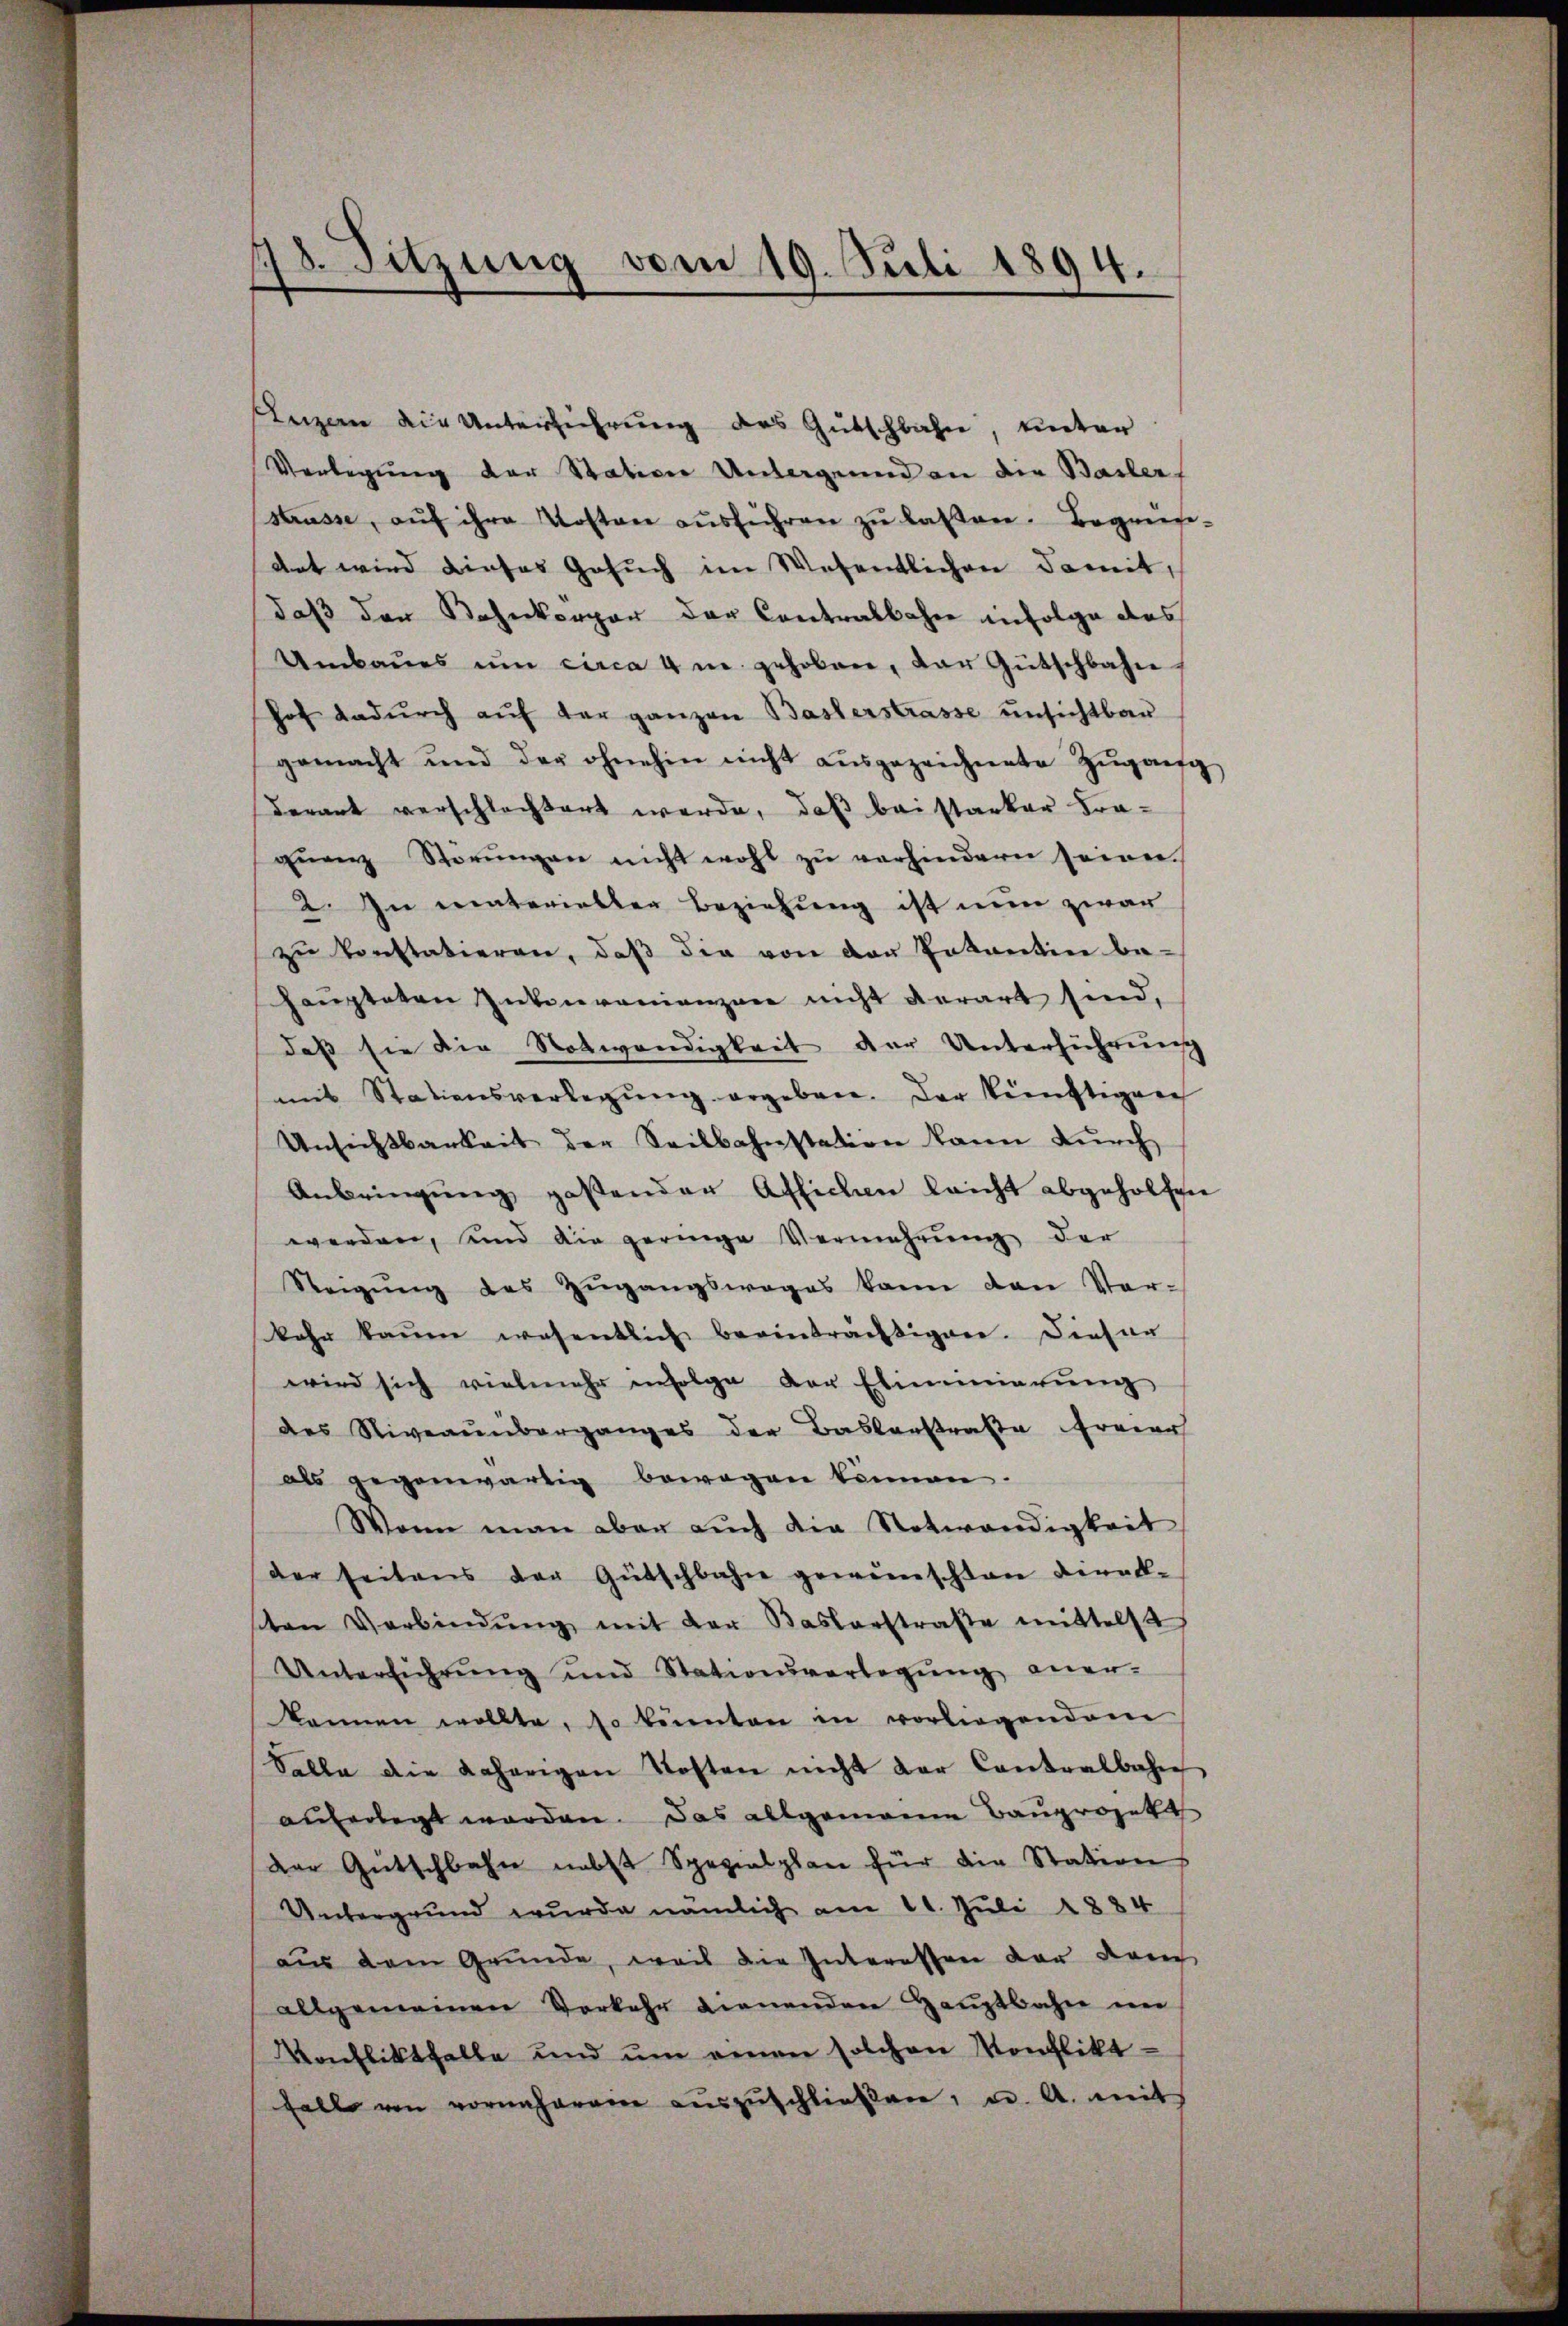
Luzern die Unterfuehrung des Gutschlafe, unter
Verlegung der Station Untergennd an die Basler
strasse, aŭf ihre Kosten aŭsführen zŭ lassen. Bogens-
dat wird dieses Gesuch im Wesentlichen damit,
daß der Bahnkorpor der Contralbahre infolge des
Umbaŭes ŭm circa 4 m. gehoben, der Gütschbahne
hof dadurch auf der ganzen Baslerstrasse unsichtbar
gemacht und der ohnehin nicht aŭsgezeichnete Zŭgang
derart verschlechtert werde, daß bei starker Fra-
qŭenz Störŭngen nicht wohl zu verhindern seinen
2. In materieller Beziehung ist nun zwar
zu konstatieren, daß die von der Totantin be-
haŭpteten Inkonvenienzen nicht derart sind,
daß sie die Notwendigkeit der Unterführung
mit Stationsverlegŭng ergeben. Der künftigen
Unsichtbarkeit der Seilbahnstation kann durch
Anbringung gestender Affichen leicht abgeholfen
werden, und die geringe Vermehrung der
Steigŭng des Zŭgangsweges kann den Ver-
kahn kaum wesentlich beeinträchtigen. Diesen
wird sich vielmehr infolge der Eiminierŭng
des Niveaunberganges der Baslerstraße freier
als gegenwärtig bewegen können.
Wenn man aber auch die Notwendigkeit
der seitens der Gütschbahn gewünschten Direkten Verbindŭng mit der Baslerstraβe mittelst
Unterführŭng und Stationsverlegŭng aner-
kannen wollte, so könnten in vorliegendem
Salle die daherigen Kosten nicht der Contralbahn
auferlegt worden. Das allgemeine Bauprojekt
der Gütschbahn nebst Spezialplan für die Station
Untergrund wurde nämlich am 11. Juli 1884
aus dem Gründe, weis die Interessen der dem
allgemeinen Verkehr dienenden Haŭptbahn im
Konfliktfalle und ŭm einen solchen Konfliktfalle von vornheren aŭszŭschließen, u. A. mit

18. Sitzung vom 19. Juli 1894.